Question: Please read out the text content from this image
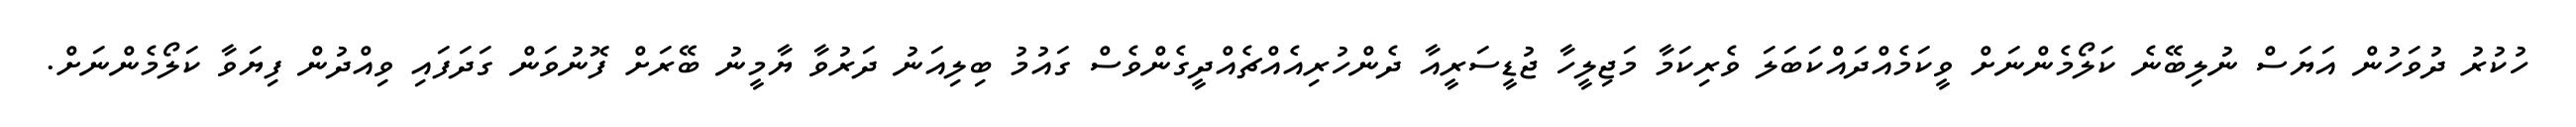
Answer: ހުކުރު ދުވަހުން އަޔަސް ނުލިބޭނެ ކަލޯމެންނަށް ވީކަމެއްދައްކަބަލަ ވެރިކަމާ މަޖިލީހާ ޖުޑީސަރީއާ ދެންހުރިއެއްޗެއްދީގެންވެސް ގައުމު ބިލިއަނު ދަރުވާ ޔާމީނު ބޭރަށް ފޮނުވަން ގަދަފައި ވިއްދުން ފިޔަވާ ކަލޯމެންނަށް.